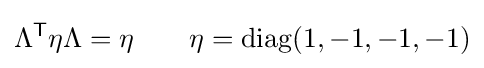
\Lambda ^{\textsf {T}}\eta \Lambda =\eta \qquad \eta =\operatorname {diag} (1,-1,-1,-1)